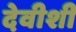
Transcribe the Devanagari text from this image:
देवीशी